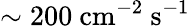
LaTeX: \mathrm{{\sim 200}~cm^{-2}~s^{-1}}